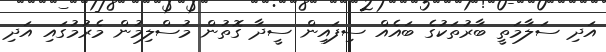
އަދި ސަލާމަތީ ބާރުތަކުގެ ބައެއް ސިފައިން ސީދާ ގޮތުން މުސްލިމުން މެރުމުގައި އަދި